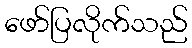
ဖော်ပြလိုက်သည်